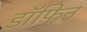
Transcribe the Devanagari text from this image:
डॉफ़िन